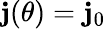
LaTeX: \mathbf{j}(\theta)=\mathbf{j}_{0}